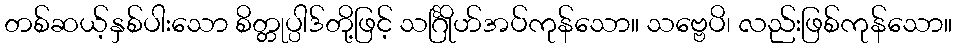
တစ်ဆယ့်နှစ်ပါးသော စိတ္တုပ္ပါဒ်တို့ဖြင့် သင်္ဂြိုဟ်အပ်ကုန်သော။ သဗ္ဗေပိ၊ လည်းဖြစ်ကုန်သော။